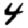
Digit: 4